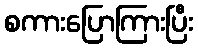
စကားပြောကြားပြီး